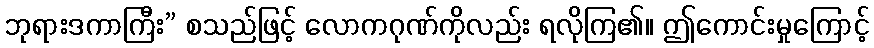
ဘုရားဒကာကြီး” စသည်ဖြင့် လောကဂုဏ်ကိုလည်း ရလိုကြ၏။ ဤကောင်းမှုကြောင့်